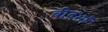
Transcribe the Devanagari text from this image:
वीदर्भा